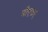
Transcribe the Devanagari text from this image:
बीएफए